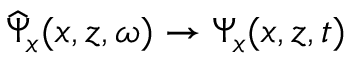
\widehat { \Psi } _ { x } ( x , z , \omega ) \to \Psi _ { x } ( x , z , t )